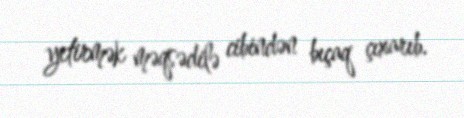
yetirmək məqsədilə cibindən bıçaq çıxarıb.